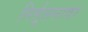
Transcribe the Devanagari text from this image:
निर्मूलनावर